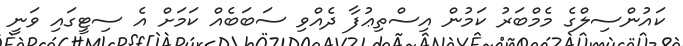
ކައުންސިލްގެ މެމްބަރު ކަމުން އިސްތިޢުފާ ދެއްވި ސަބަބެއް ކަމަށް އެ ސިޓީގައި ވަނީ